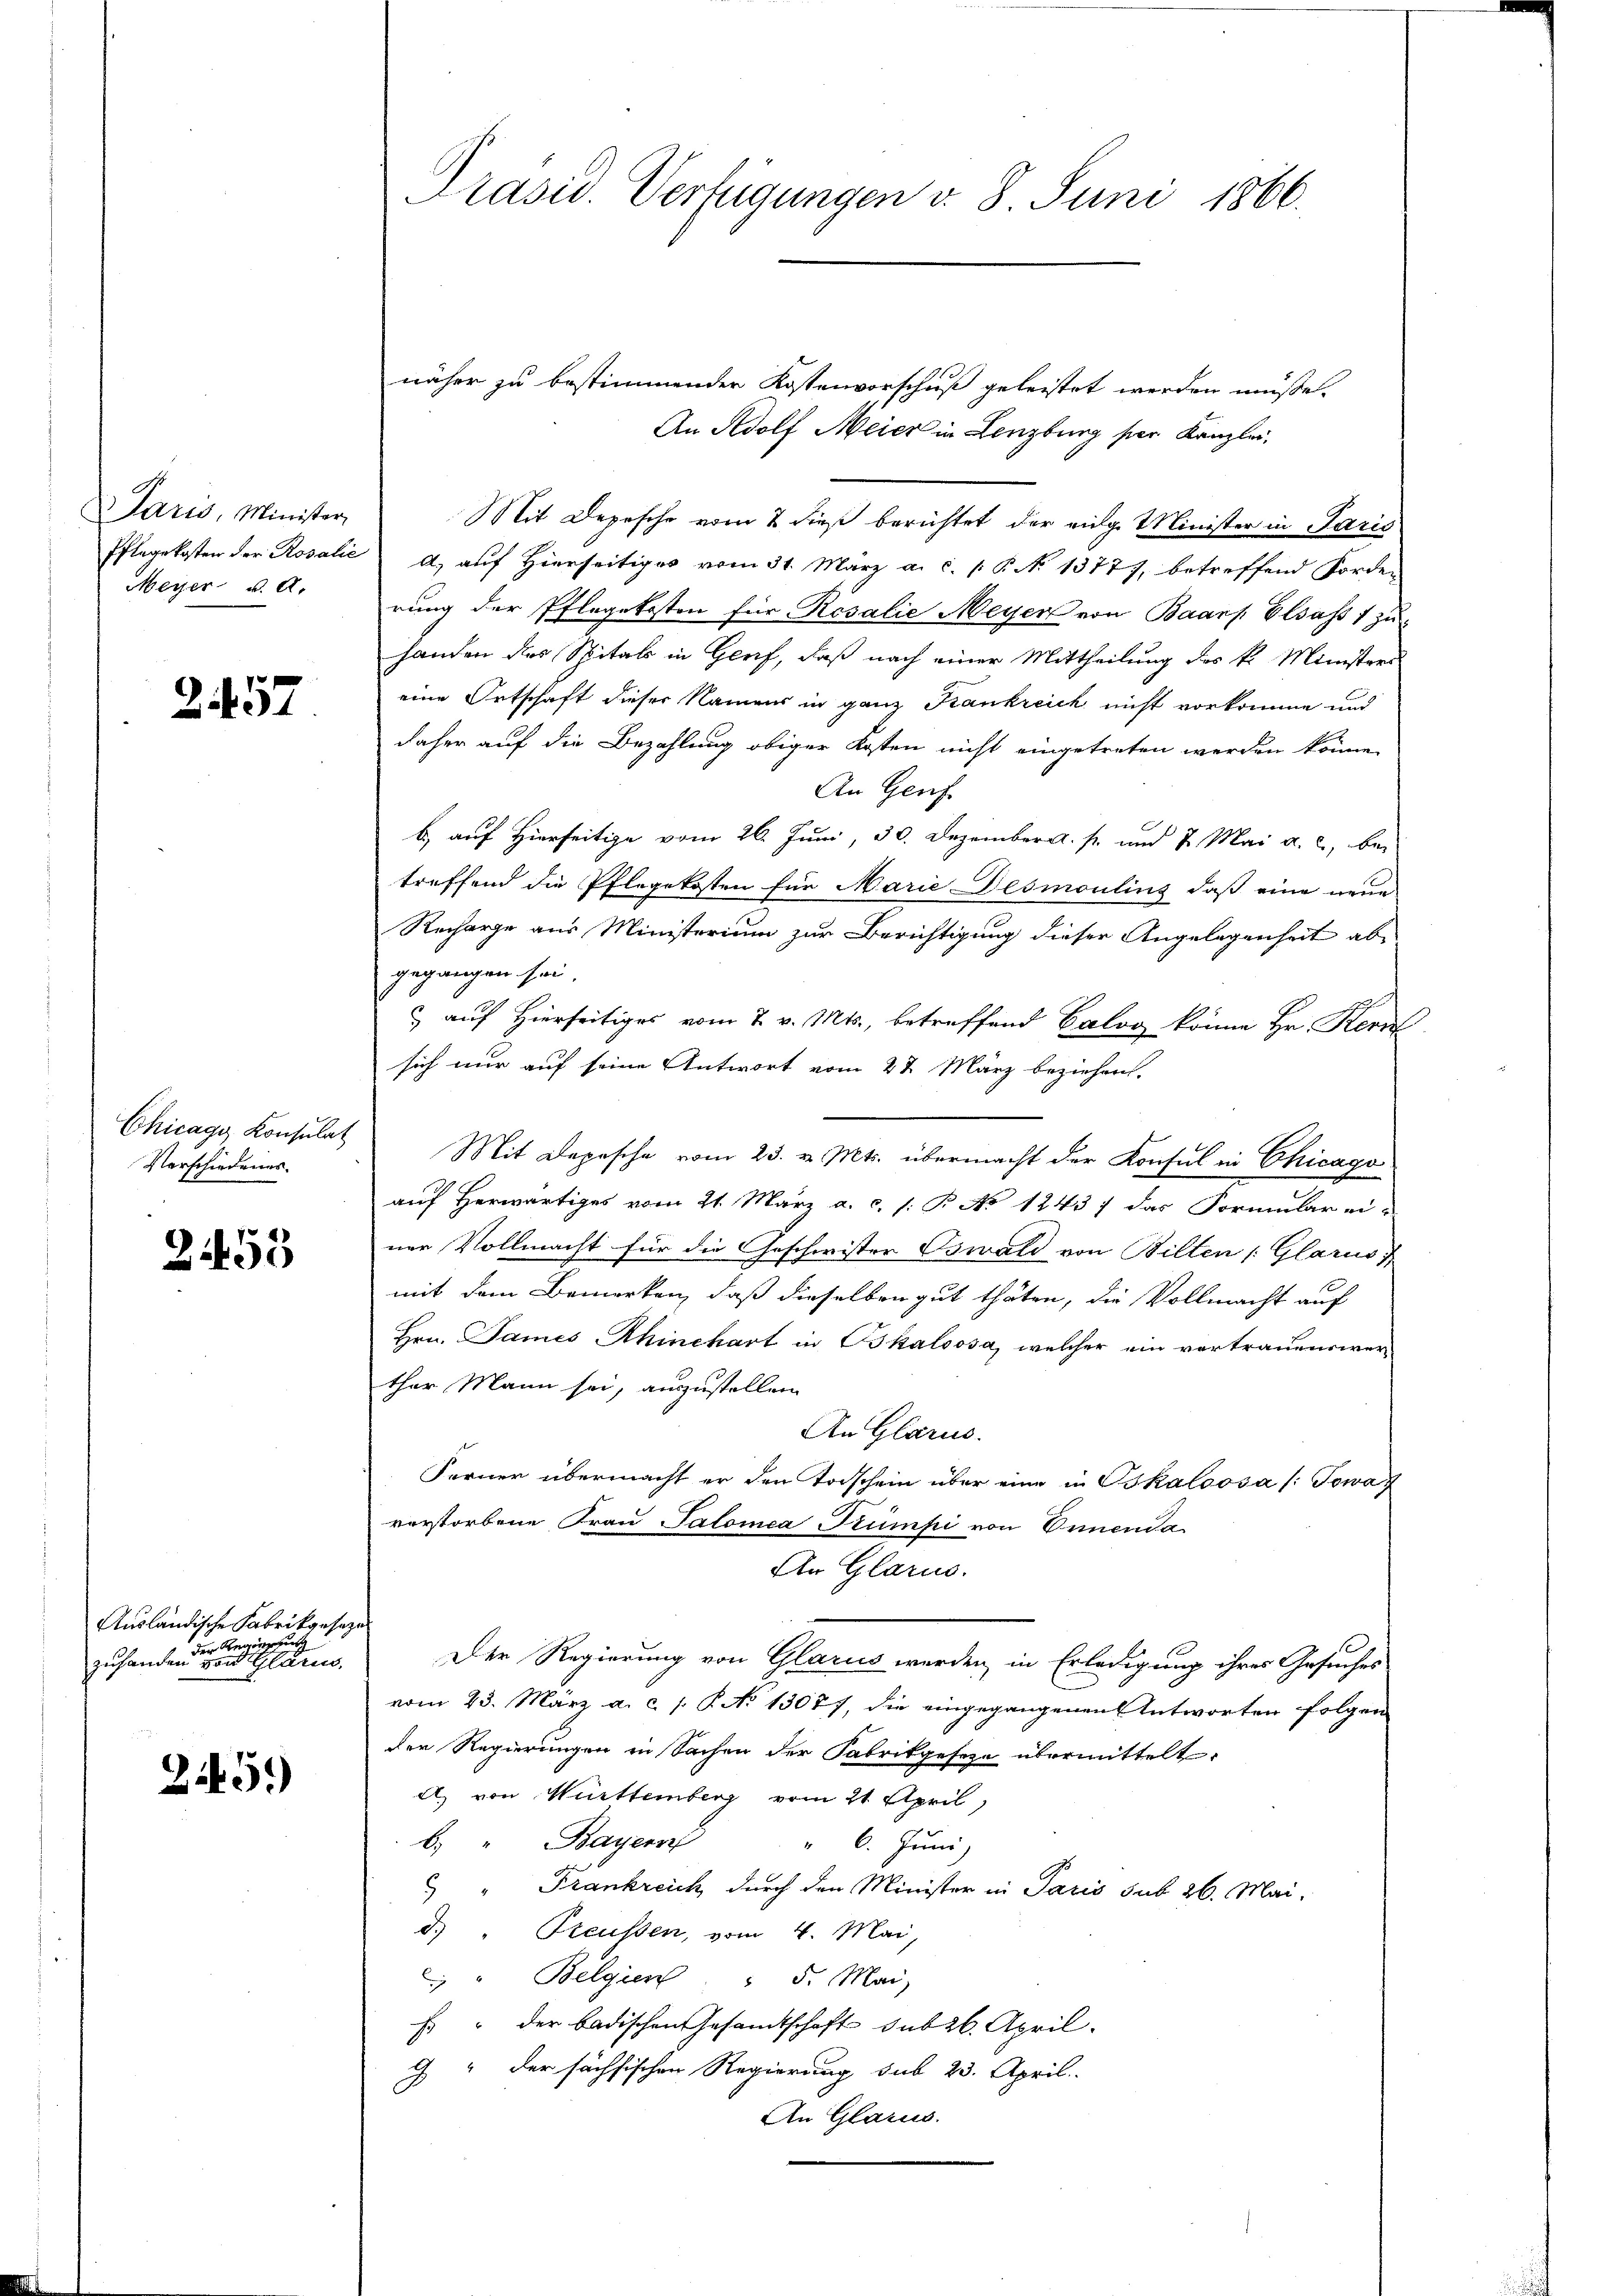
Paris, Minister,
Pflegekosten der Rosalie
Meyer v. A.

2457

Chicago Konsulat
Verschiedenes.

2455

Ausländische Fabrikgeseze
er Regierung
zuhanden von Glarus.

25.)

Präsid. Verfügungen v. 8. Juni 1866.

näher zu bestimmender Kostenvorschuß geleistet werden müße.
An Adolf Meier in Lenzburg per Kanzlei.
Mit Depesche vom 2 dieß berichtet der eige Minister in Paris
A) auf Hierseitiges vom 31. März a. c. P. No 1377), betreffend Forden
rung der Pflegekosten für Rosalie Meyer von Baars Elsass 1 zu
handen das Spitals in Greif, daß nach einer Mittheilung des k. Ministres
eine Ortschaft dieser Namens in ganz Krankreich nicht vorkomme und
daher auf die Bezahlung obiger Kosten nicht eingetreten werden könne.
An Genf
 auf Hierseit vom 26. Juni, 30. Dezemberg. p. und 7. Mai a. c., bei
treffend die Pflegekosten für Marie Desmoulins, daß eine neue
Recharge aus Ministerium zur Berichtigung dieser Angelegenheit abe
gegangen sei.
 auf Hierseitiges vom 2. v. Mts., betreffend Calog könne Hr. Kern
sich nur auf seine Antwort vom 27. März beziehen,
Mit Depesche vom 23. v. Mts. übermacht der Konsul in Chicago
auf Herwärtiges vom 21. März a.c. (: P. No 1243/ das Formular ei-
ner Vollmacht für die Geschwister Oswald von Bilten (Glarus
mit dem Bemerken, daß dieselben gut thaten, die Vollmacht auf
Hrn. James Ahinchart in Bkaloosa, welcher ein vortrauenswer-
ther Mann sei, auszustellen
An Glarus.
Ferner übermacht er den Todschein über eine in Bskaloosa /:Towaf
vorstorbene Frau Salomea Kümpi von Ernenda
An Glarus.
Der Regierung von Glarus werden, in Erledigung ihres Gesuches
vom 23. März a. c. s. P. No 1307), die eingegangenen Antworten folgen
der Regierungen in Sachen der Fabrikgesetze übermittelt,
A. von Württemberg vom 21. April,
b. " Bayern
" 6. Juni
5 " Frankreich durch den Minister in Paris sub 26. Mai,
d.) " Preussen, vom 4. Mai,
 " Belgien " 5. Mai
Es " der badischen Gesamtschaft sub 26. April.
g" der sächsischen Regierung sub 23. April
An Glarus.